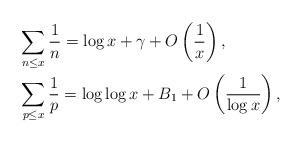
LaTeX: \begin{align*}&\sum_{n\le x} \dfrac{1}{n}=\log x+\gamma+O\left(\dfrac{1}{x}\right), \\&\sum_{p \le x}\dfrac{1}{p}=\log\log x+B_1+O\left(\dfrac{1}{\log x}\right), \end{align*}